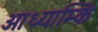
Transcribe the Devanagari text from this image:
आध्याम्कि